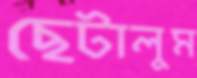
ছেটালুম